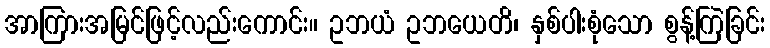
အာကြားအမြင်ဖြင့်လည်းကောင်း။ ဥဘယံ ဥဘယေတိ၊ နှစ်ပါးစုံသော စွန့်ကြဲခြင်း